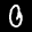
Label: 0